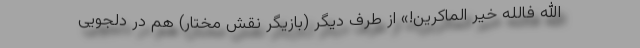
الله فالله خیر الماکرین!» از طرف دیگر (بازیگر نقش مختار) هم در دلجویی